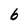
Character: 6